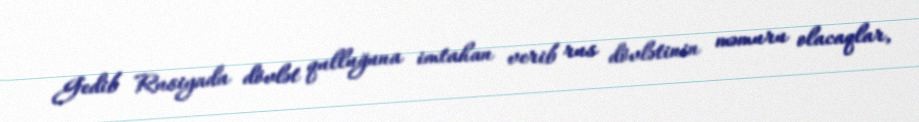
Gedib Rusiyada dövlət qulluğuna imtahan verib rus dövlətinin məmuru olacaqlar,